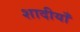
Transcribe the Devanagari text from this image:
शादीयाँ